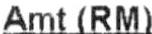
AMT(RM)